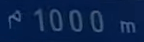
1000m